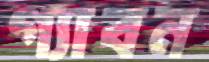
গ্যাবন